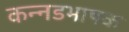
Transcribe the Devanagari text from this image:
कन्‍नडभाषक